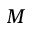
M